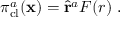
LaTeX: \pi _ { \mathrm { c l } } ^ { a } ( { \bf x } ) = { \hat { \bf r } } ^ { a } F ( r ) \ .